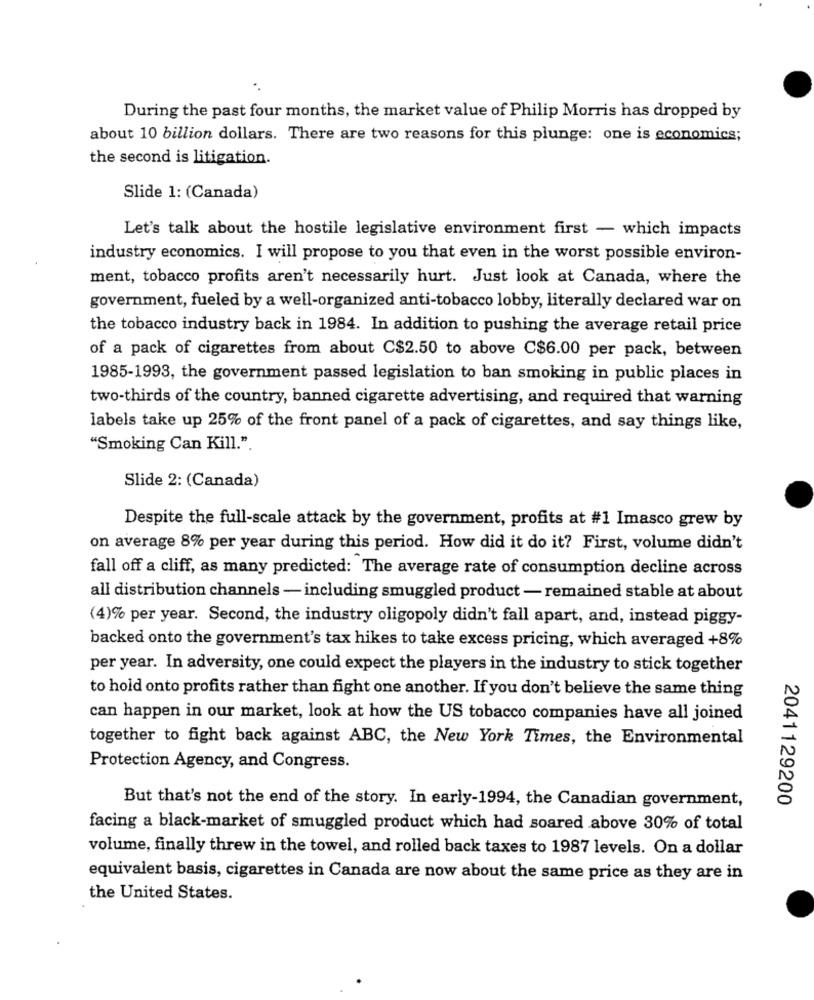
During the past four months, the market value of Philip Morris has dropped by
about 10 billion dollars. There are two reasons for this plunge: one is economics;
the second is litigation.
Slide 1: (Canada)
Let's talk about the hostile legislative environment first - which impacts
industry economics. I will propose to you that even in the worst possible environ-
ment, tobacco profits aren't necessarily hurt. Just look at Canada, where the
government, fueled by a well-organized anti-tobacco lobby, literally declared war on
the tobacco industry back in 1984. In addition to pushing the average retail price
of a pack of cigarettes from about C$2.50 to above C$6.00 per pack, between
1985-1993, the government passed legislation to ban smoking in public places in
two-thirds of the country, banned cigarette advertising, and required that warning
labels take up 25% of the front panel of a pack of cigarettes, and say things like,
"Smoking Can Kill."
Slide 2: (Canada)
Despite the full-scale attack by the government, profits at #1 Imasco grew by
on average 8% per year during this period. How did it do it? First, volume didn't
fall off a cliff, as many predicted: The average rate of consumption decline across
all distribution channels - including smuggled product - remained stable at about
(4)% per year. Second, the industry oligopoly didn't fall apart, and, instead piggy-
backed onto the government's tax hikes to take excess pricing, which averaged +8%
per year. In adversity, one could expect the players in the industry to stick together
to hold onto profits rather than fight one another. If you don't believe the same thing
can happen in our market, look at how the US tobacco companies have all joined
together to fight back against ABC, the New York Times, the Environmental
Protection Agency, and Congress.
But that's not the end of the story. In early-1994, the Canadian government,
2041129200
facing a black-market of smuggled product which had soared above 30% of total
volume, finally threw in the towel, and rolled back taxes to 1987 levels. On a dollar
equivalent basis, cigarettes in Canada are now about the same price as they are in
the United States.